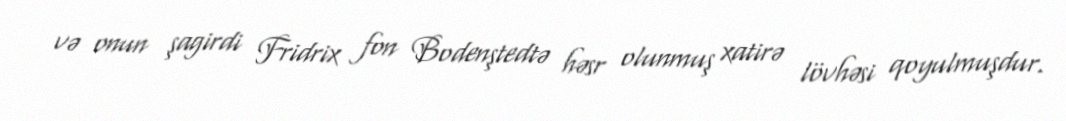
və onun şagirdi Fridrix fon Bodenştedtə həsr olunmuş xatirə lövhəsi qoyulmuşdur.